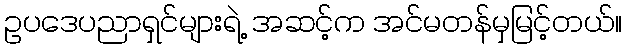
ဥပဒေပညာရှင်များရဲ့ အဆင့်က အင်မတန်မှမြင့်တယ်။